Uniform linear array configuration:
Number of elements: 4
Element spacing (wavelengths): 0.25
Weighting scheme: uniform
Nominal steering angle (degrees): -15
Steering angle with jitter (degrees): -14.157
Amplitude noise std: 0.05
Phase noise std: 0.05

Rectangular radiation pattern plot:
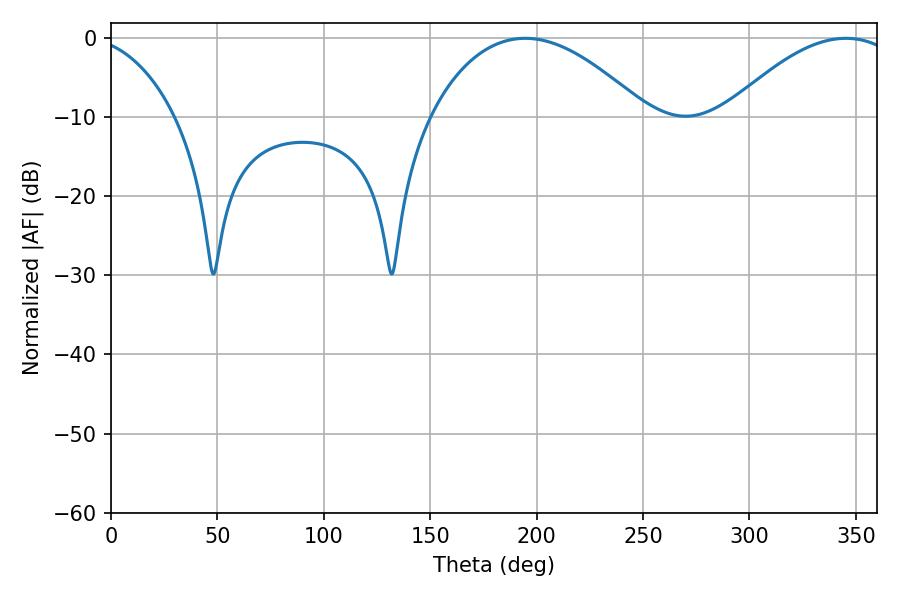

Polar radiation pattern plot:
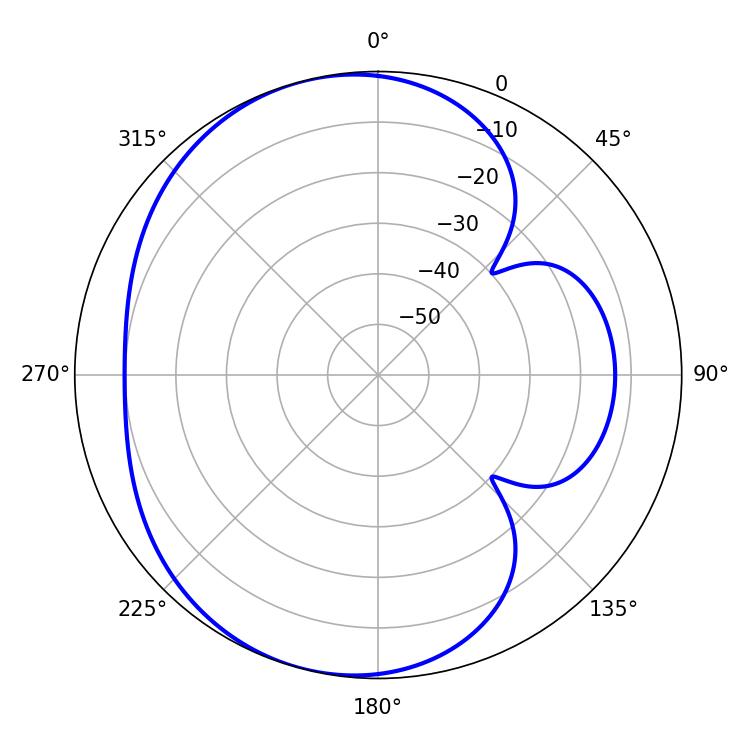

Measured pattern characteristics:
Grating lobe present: FALSE
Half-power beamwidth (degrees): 56.52
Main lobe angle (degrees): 194.58